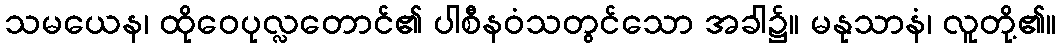
သမယေန၊ ထိုဝေပုလ္လတောင်၏ ပါစီနဝံသတွင်သော အခါ၌။ မနုသာနံ၊ လူတို့၏။